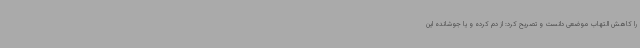
را کاهش التهاب موضعی دانست و تصریح کرد: از دم کرده و یا جوشانده این